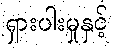
ရှားပါးမှုနှင့်